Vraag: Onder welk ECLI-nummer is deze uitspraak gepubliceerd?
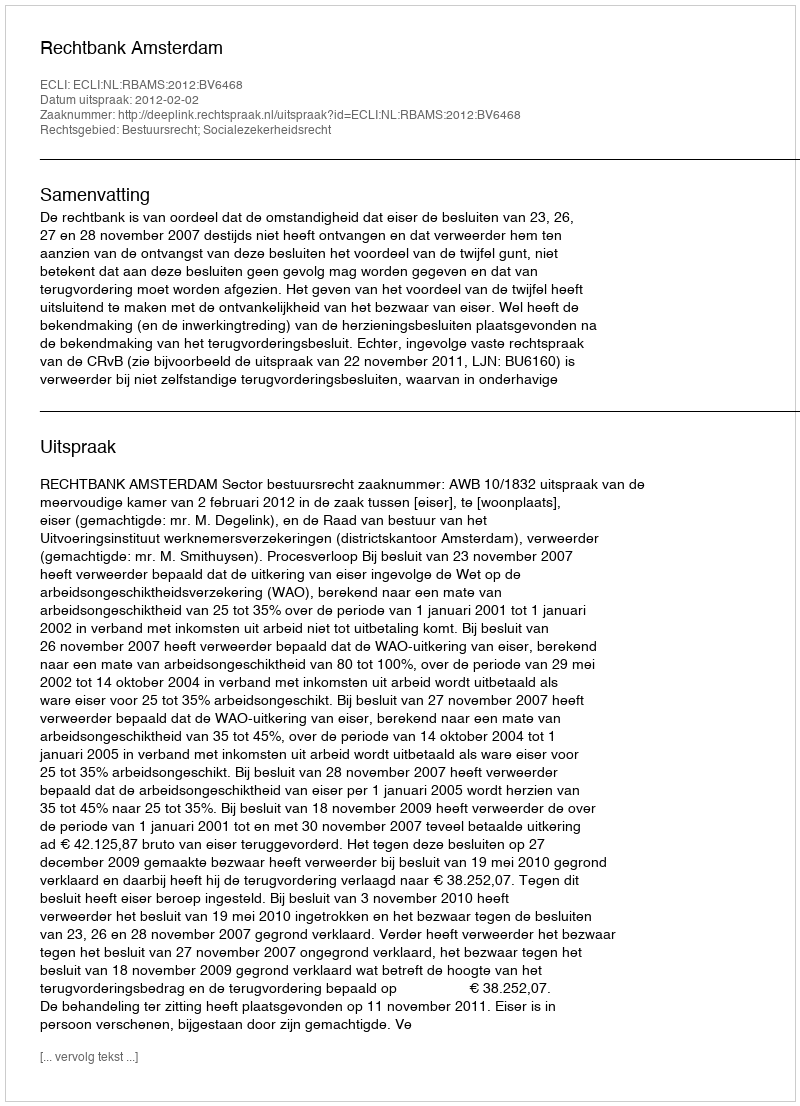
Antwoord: ECLI:NL:RBAMS:2012:BV6468